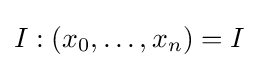
I:(x_{0},\dots ,x_{n})=I